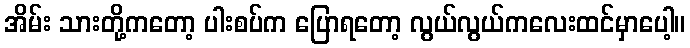
အိမ်း သားတို့ကတော့ ပါးစပ်က ပြောရတော့ လွယ်လွယ်ကလေးထင်မှာပေါ့။